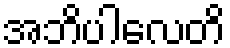
အဘိပါလေတိ